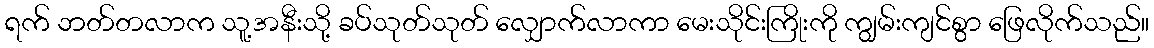
ရက် ဘတ်တလာက သူ့အနီးသို့ ခပ်သုတ်သုတ် လျှောက်လာကာ မေးသိုင်းကြိုးကို ကျွမ်းကျင်စွာ ဖြေလိုက်သည်။